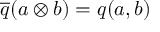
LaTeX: { \overline { { q } } } ( a \otimes b ) = q ( a , b )